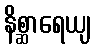
နိစ္ဆာရေယျ